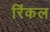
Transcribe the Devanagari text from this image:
रिंकल